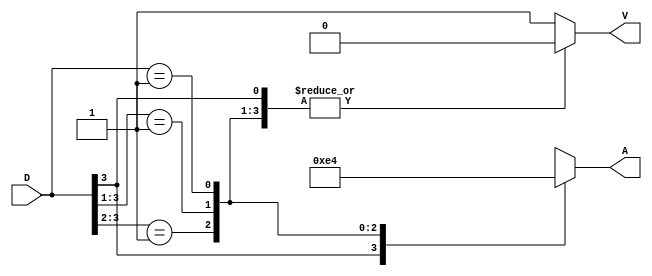
`timescale 1ns / 1ps
//////////////////////////////////////////////////////////////////////////////////
// Company: 
// 
// Design Name: 
// Module Name: p_encoder_4_to_2
// Project Name: 
// Target Devices: 
// Tool Versions: 
// Description: 
// 
// Dependencies: 
// 
// Revision:
// Revision 0.01 - File Created
// Additional Comments:
// 
//////////////////////////////////////////////////////////////////////////////////


module p_encoder_4_to_2_casex(
        input wire [3:0] D,
        output reg V,
        output reg [1:0] A
    );
    
    always @ * begin
        V = 1'b0; 
        casex(D)
            4'b1???: A = 2'b11;
            4'b01??: A = 2'b10;
            4'b001?: A = 2'b01;
            4'b0001: A = 2'b00;
            default: begin
                V = 1'b1;
                A = 2'bxx;
            end
        endcase
    end
endmodule